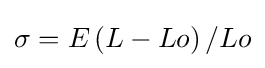
\sigma =E\left(L-Lo\right)/Lo